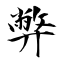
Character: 弊